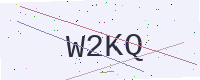
Text: W2KQ